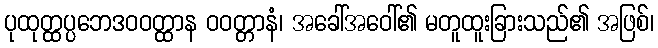
ပုထုတ္ထပ္ပဘေဒဝဝတ္ထာန ဝဝတ္တာနံ၊ အခေါ်အဝေါ်၏ မတူထူးခြားသည်၏ အဖြစ်၊